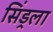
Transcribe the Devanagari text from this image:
सिंड्रला